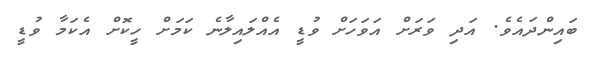
ބައިންދައެވެ. އަދި ވަރަށް އަވަހަށް ވުޑީ އެއްލައިލާނެ ކަމަށް ހީކޮށް އެކަމާ ވުޑީ